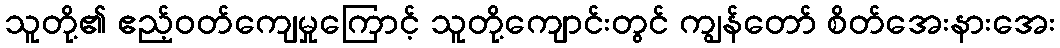
သူတို့၏ ဧည့်ဝတ်ကျေမှုကြောင့် သူတို့ကျောင်းတွင် ကျွန်တော် စိတ်အေးနားအေး